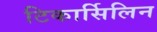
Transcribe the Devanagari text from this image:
टिकार्सिलिन